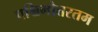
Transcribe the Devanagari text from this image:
पश्चिमोत्तरतम